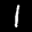
Label: 1